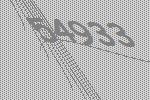
54933